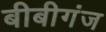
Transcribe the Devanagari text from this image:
बीबीगंज